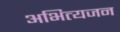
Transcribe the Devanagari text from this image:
अभित्यजन